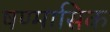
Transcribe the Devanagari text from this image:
षण्मासिक